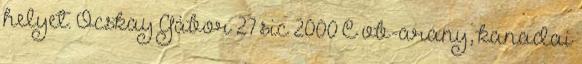
helyet. Ocskay Gábor 27 sic 2000 C vb-arany, kanadai